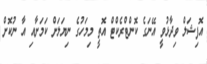
އޮފިޝަލް ވިދާޅުވީ އޭނަގެ ކޮންޓްރެކްޓް އޮތީ މިމަހުގެ ނިޔަލަށް ކަމަށާއި އާ ނުކޮށް